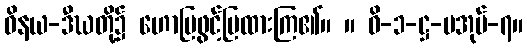
ဝိနယ-ဒီဃတို့၌ ဟောပြဖွင့်ပြထားကြ၏။ ။ ဝိ-၁-ဋ္ဌ-ပအုပ်-၇။